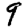
Digit: 9